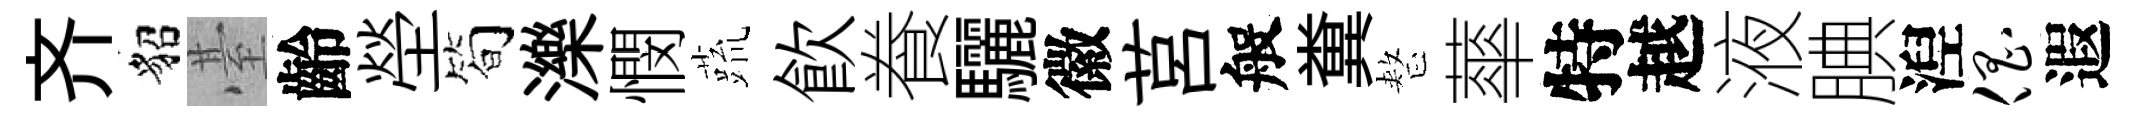
齐貂䑓齡塋筍濼憫蔬飮飬驪徽莒般糞整蕐特越液腆湼倡遐